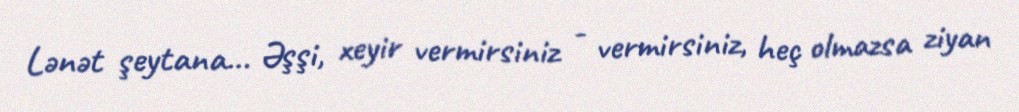
Lənət şeytana... Əşşi, xeyir vermirsiniz - vermirsiniz, heç olmazsa ziyan